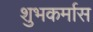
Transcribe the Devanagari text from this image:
शुभकर्मास